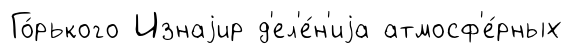
Го́рького Изнаjир д'ел'е́н'иjа атмосф'е́рных